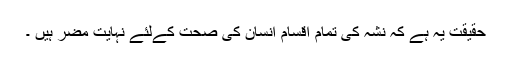
حقیقت یہ ہے کہ نشہ کی تمام اقسام انسان کی صحت کےلئے نہایت مضر ہیں ۔